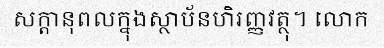
សក្តានុពលក្នុងស្ថាប័នហិរញ្ញវត្ថុ។ លោក